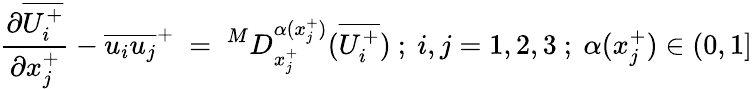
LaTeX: \frac{\partial\overline{{U_{i}^{+}}}}{\partial x_{j}^{+}}-\overline{{u_{i}u_{j}}}^{+}~=~^{M}D_{x_{j}^{+}}^{\alpha(x_{j}^{+})}(\overline{{U_{i}^{+}}})~;~i,j=1,2,3~;~\alpha(x_{j}^{+})\in(0,1]